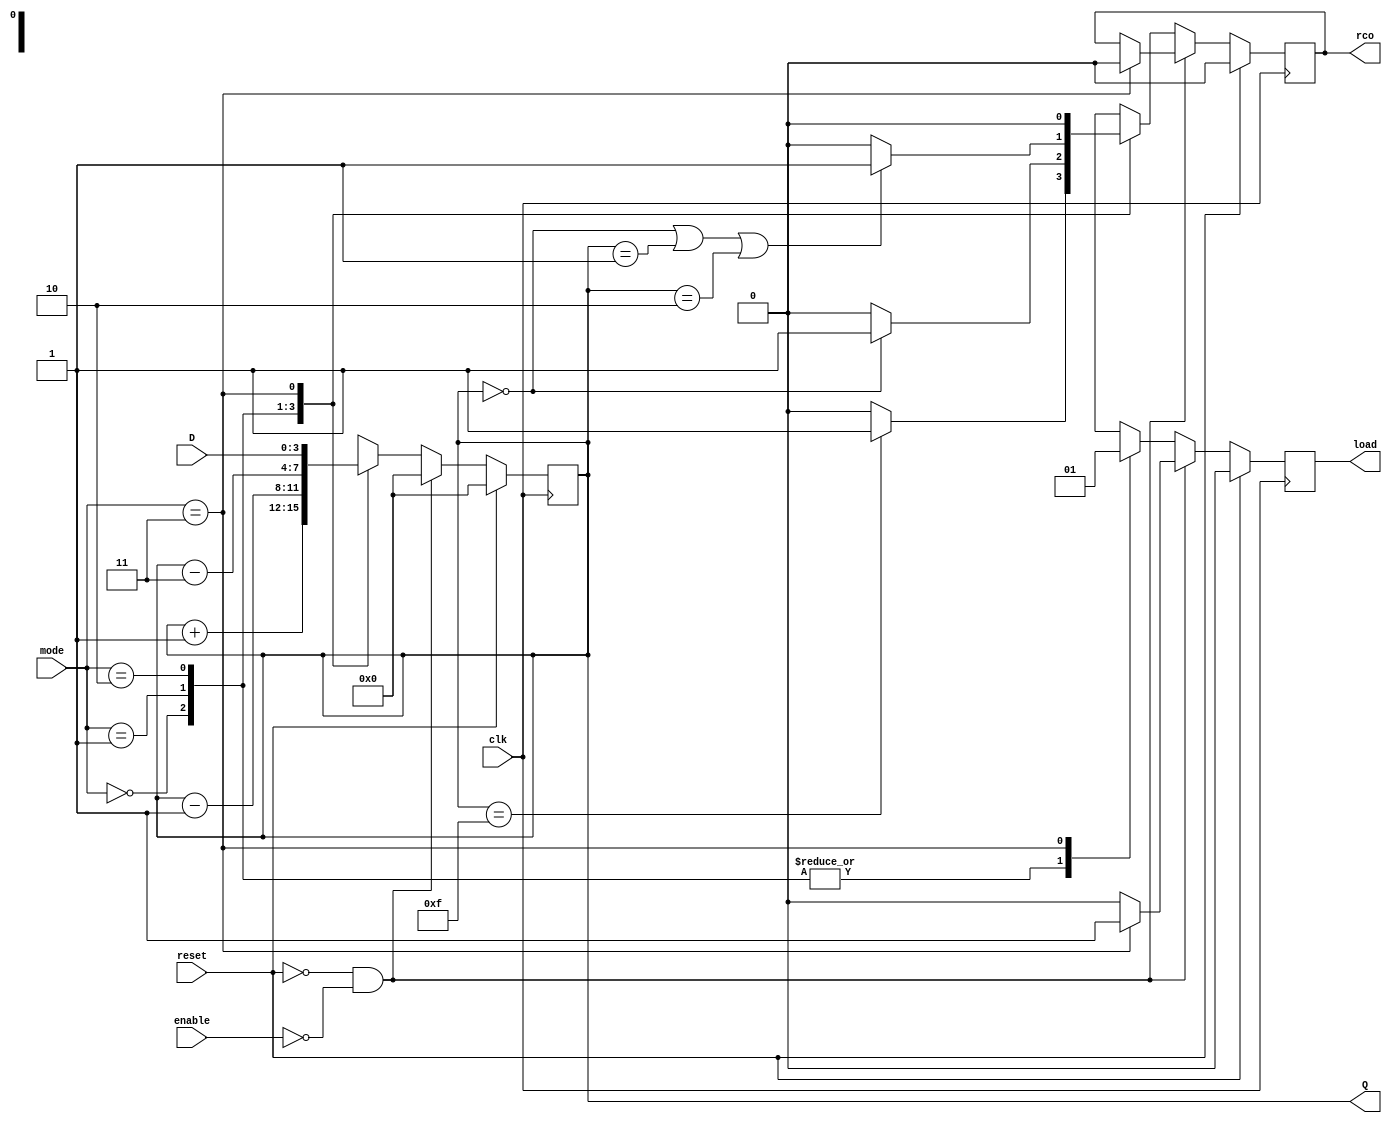
module counter #(parameter q_p_one = 2'b00, parameter q_m_one = 2'b01, parameter q_m_three = 2'b10, parameter q_d = 2'b11)(
    input clk,
    input reset,
    input enable,
    input [3:0] D,
    input [1:0] mode,
    output reg [3:0] Q,
    output reg rco,
    output reg load
);


// initial conditions
always @(posedge clk) begin
    if(reset) begin
        rco <= 0;
        load <= 0;
        Q <= 0;
    end
    else if(reset == 0 && enable == 0) begin
        Q <= 0;
        if(mode == 3) begin
            rco <= 0;
            load <= 1;
        end
        else begin
            load <= 0;
        end
    end
    else begin
        case(mode)
            q_p_one: begin
                if(Q == 4'b1111) begin
                    rco <= 1;
                end
                else begin
                    rco <= 0;
                end
                load <= 0;
                Q <= Q  + 1;
            end
            
            q_m_one: begin
                if(Q == 4'b0000) begin
                    rco <=  1;
                end
                else begin
                    rco <= 0;
                end
                load <= 0;
                Q <= Q - 1;
            end

            q_m_three: begin
                if(Q == 4'b0000 | Q == 4'b0001 | Q == 4'b0010) begin
                    rco <= 1;
                end
                else begin
                    rco <= 0;
                end
                load <= 0;
                Q <= Q - 3;
            end

            q_d: begin
                rco <= 0;
                load <= 1;
                Q <= D; 
            end

            default: begin
                Q <= 0;
                load <= 0;
                rco <= 0;
            end
        endcase    
    end
end



endmodule